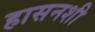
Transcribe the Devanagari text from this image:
हासनशी